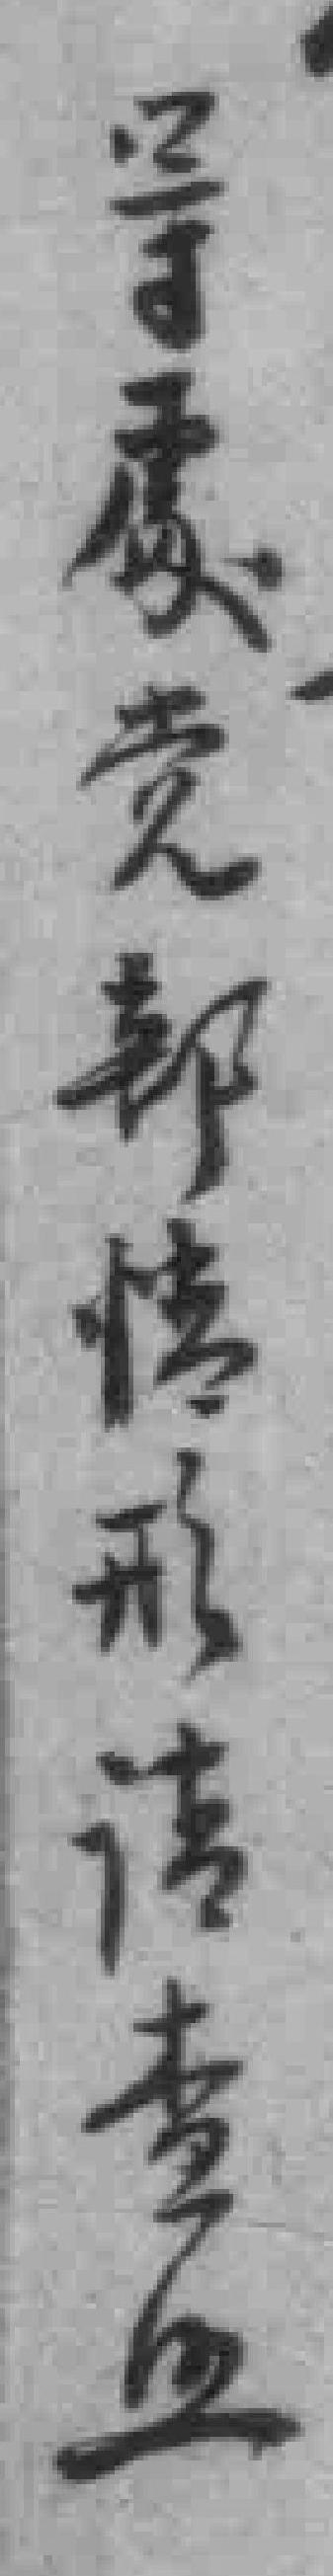
等處党部情形诘查*